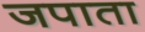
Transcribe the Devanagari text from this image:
जपाता